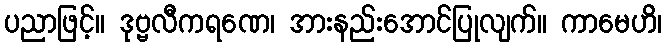
ပညာဖြင့်။ ဒုဗ္ဗလီကရဏေ၊ အားနည်းအောင်ပြုလျက်။ ကာမေဟိ၊